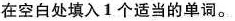
在空白处填入1个适当的单词。